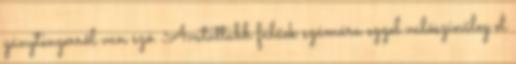
gánytengerről van szó. Avatattabb fülűek számára ezzel valószínűleg el